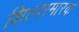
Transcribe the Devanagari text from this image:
शिल्पस्मारक